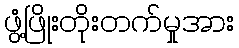
ဖွံ့ဖြိုးတိုးတက်မှုအား